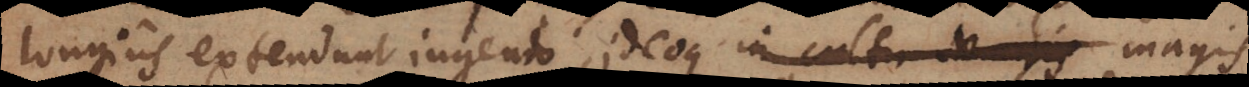
longius extendunt ingenio, ideoque in cultu Magis magis